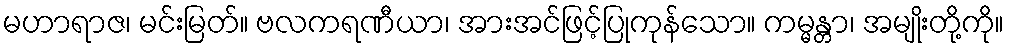
မဟာရာဇ၊ မင်းမြတ်။ ဗလကရဏီယာ၊ အားအင်ဖြင့်ပြုကုန်သော။ ကမ္မန္တာ၊ အမျိုးတို့ကို။